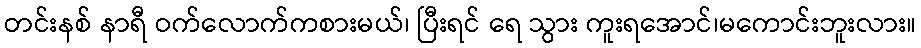
တင်းနစ် နာရီ ဝက်လောက်ကစားမယ်၊ ပြီးရင် ရေ သွား ကူးရအောင်၊မကောင်းဘူးလား။